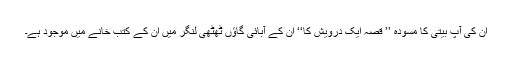
ان کی آپ بیتی کا مسودہ ’’ قصہ ایک درویش کا‘‘ ان کے آبائی گاؤں ٹھٹھی لنگر میں ان کے کتب خانے میں موجود ہے۔